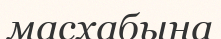
масхабына